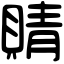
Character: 䝼